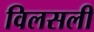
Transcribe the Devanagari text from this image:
विलसली